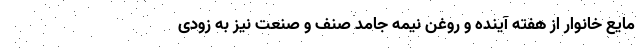
مایع خانوار از هفته آینده و روغن نیمه جامد صنف و صنعت نیز به زودی